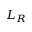
L _ { R }